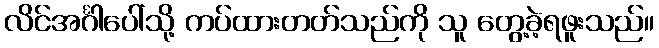
လိင်အင်္ဂါပေါ်သို့ ကပ်ထားတတ်သည်ကို သူ တွေ့ခဲ့ရဖူးသည်။